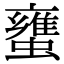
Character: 䗸